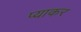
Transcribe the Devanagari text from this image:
प्याकर